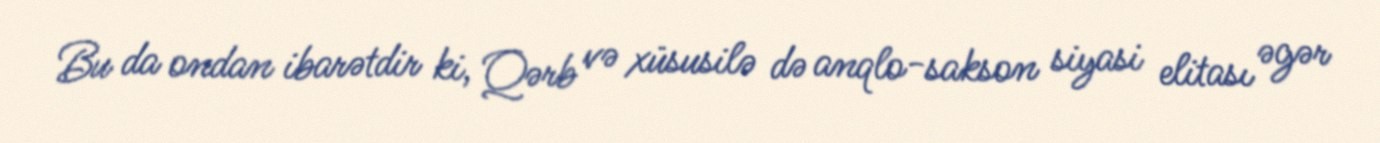
Bu da ondan ibarətdir ki, Qərb və xüsusilə də anqlo-sakson siyasi elitası əgər